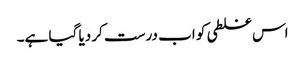
اس غلطی کو اب درست کر دیا گیا ہے۔